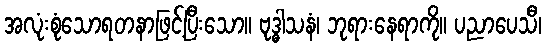
အလုံးစုံသောရတနာဖြင့်ပြီးသော။ ဗုဒ္ဓါသနံ၊ ဘုရားနေရာကို။ ပညာပေသီ၊